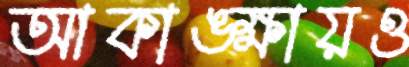
আকাঙ্ক্ষায়ও